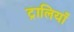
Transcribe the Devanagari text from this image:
ट्रालियाँ